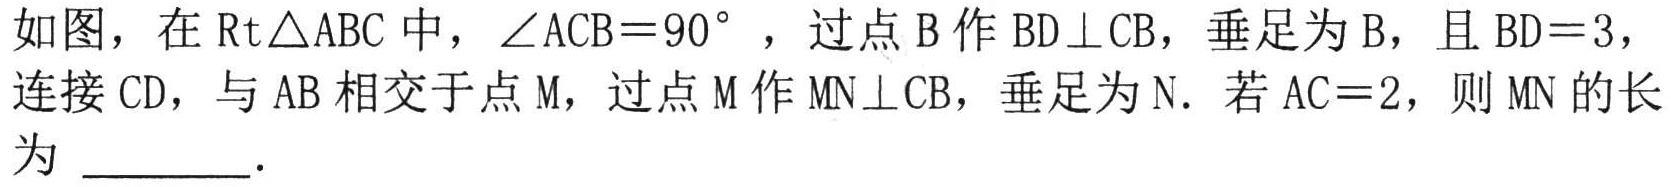
如图，在$\text{Rt}\triangle ABC$中，$\angle ACB = 90^{\circ }$，过点$B$作$BD\perp CB$，垂足为$B$，且$BD = 3$，连接$CD$，与$AB$相交于点$M$，过点$M$作$MN\perp CB$，垂足为$N$．若$AC = 2$，则$MN$的长为  ．